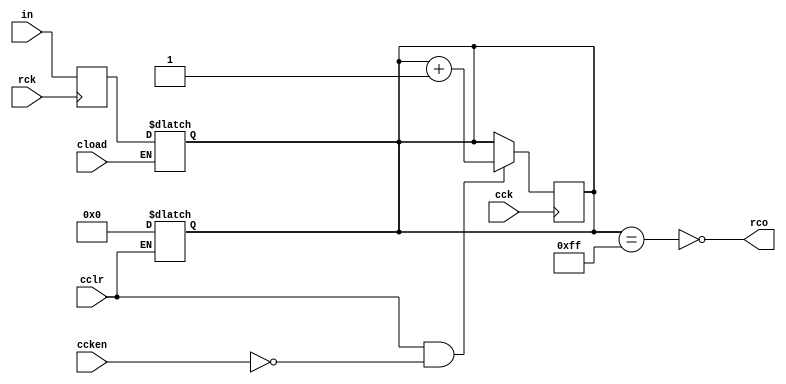
module sn74ls592(rco, cck, rck, ccken, cclr, cload, in);
input cck, rck, ccken, cclr, cload;
input [7:0] in;
output rco;
reg [7:0] lreg, cnt;


parameter 
	// TI TTL data book Vol 1, 1985
	tPLH_min=0, tPLH_typ=15, tPLH_max=23,	// cck -> rco
	tPHL_min=0, tPHL_typ=20, tPHL_max=30;

initial
begin
	cnt = 8'bxxxxxxxx;
	lreg = 8'bxxxxxxxx;
end

always @(cclr)
begin
	if (cclr==0)
		cnt <= 8'b00000000;
end

always @(posedge cck)
begin
  if (cclr==1 && ccken==0)
	cnt <= cnt+1;
end

always @(posedge rck)
begin
	lreg <= in;
end

always @(cload)
begin
	if (cload==0)
		cnt <= lreg;
end

assign #(tPLH_min:tPLH_typ:tPLH_max,
		 tPHL_min:tPHL_typ:tPHL_max)
	rco = ~(cnt==8'b11111111);

endmodule